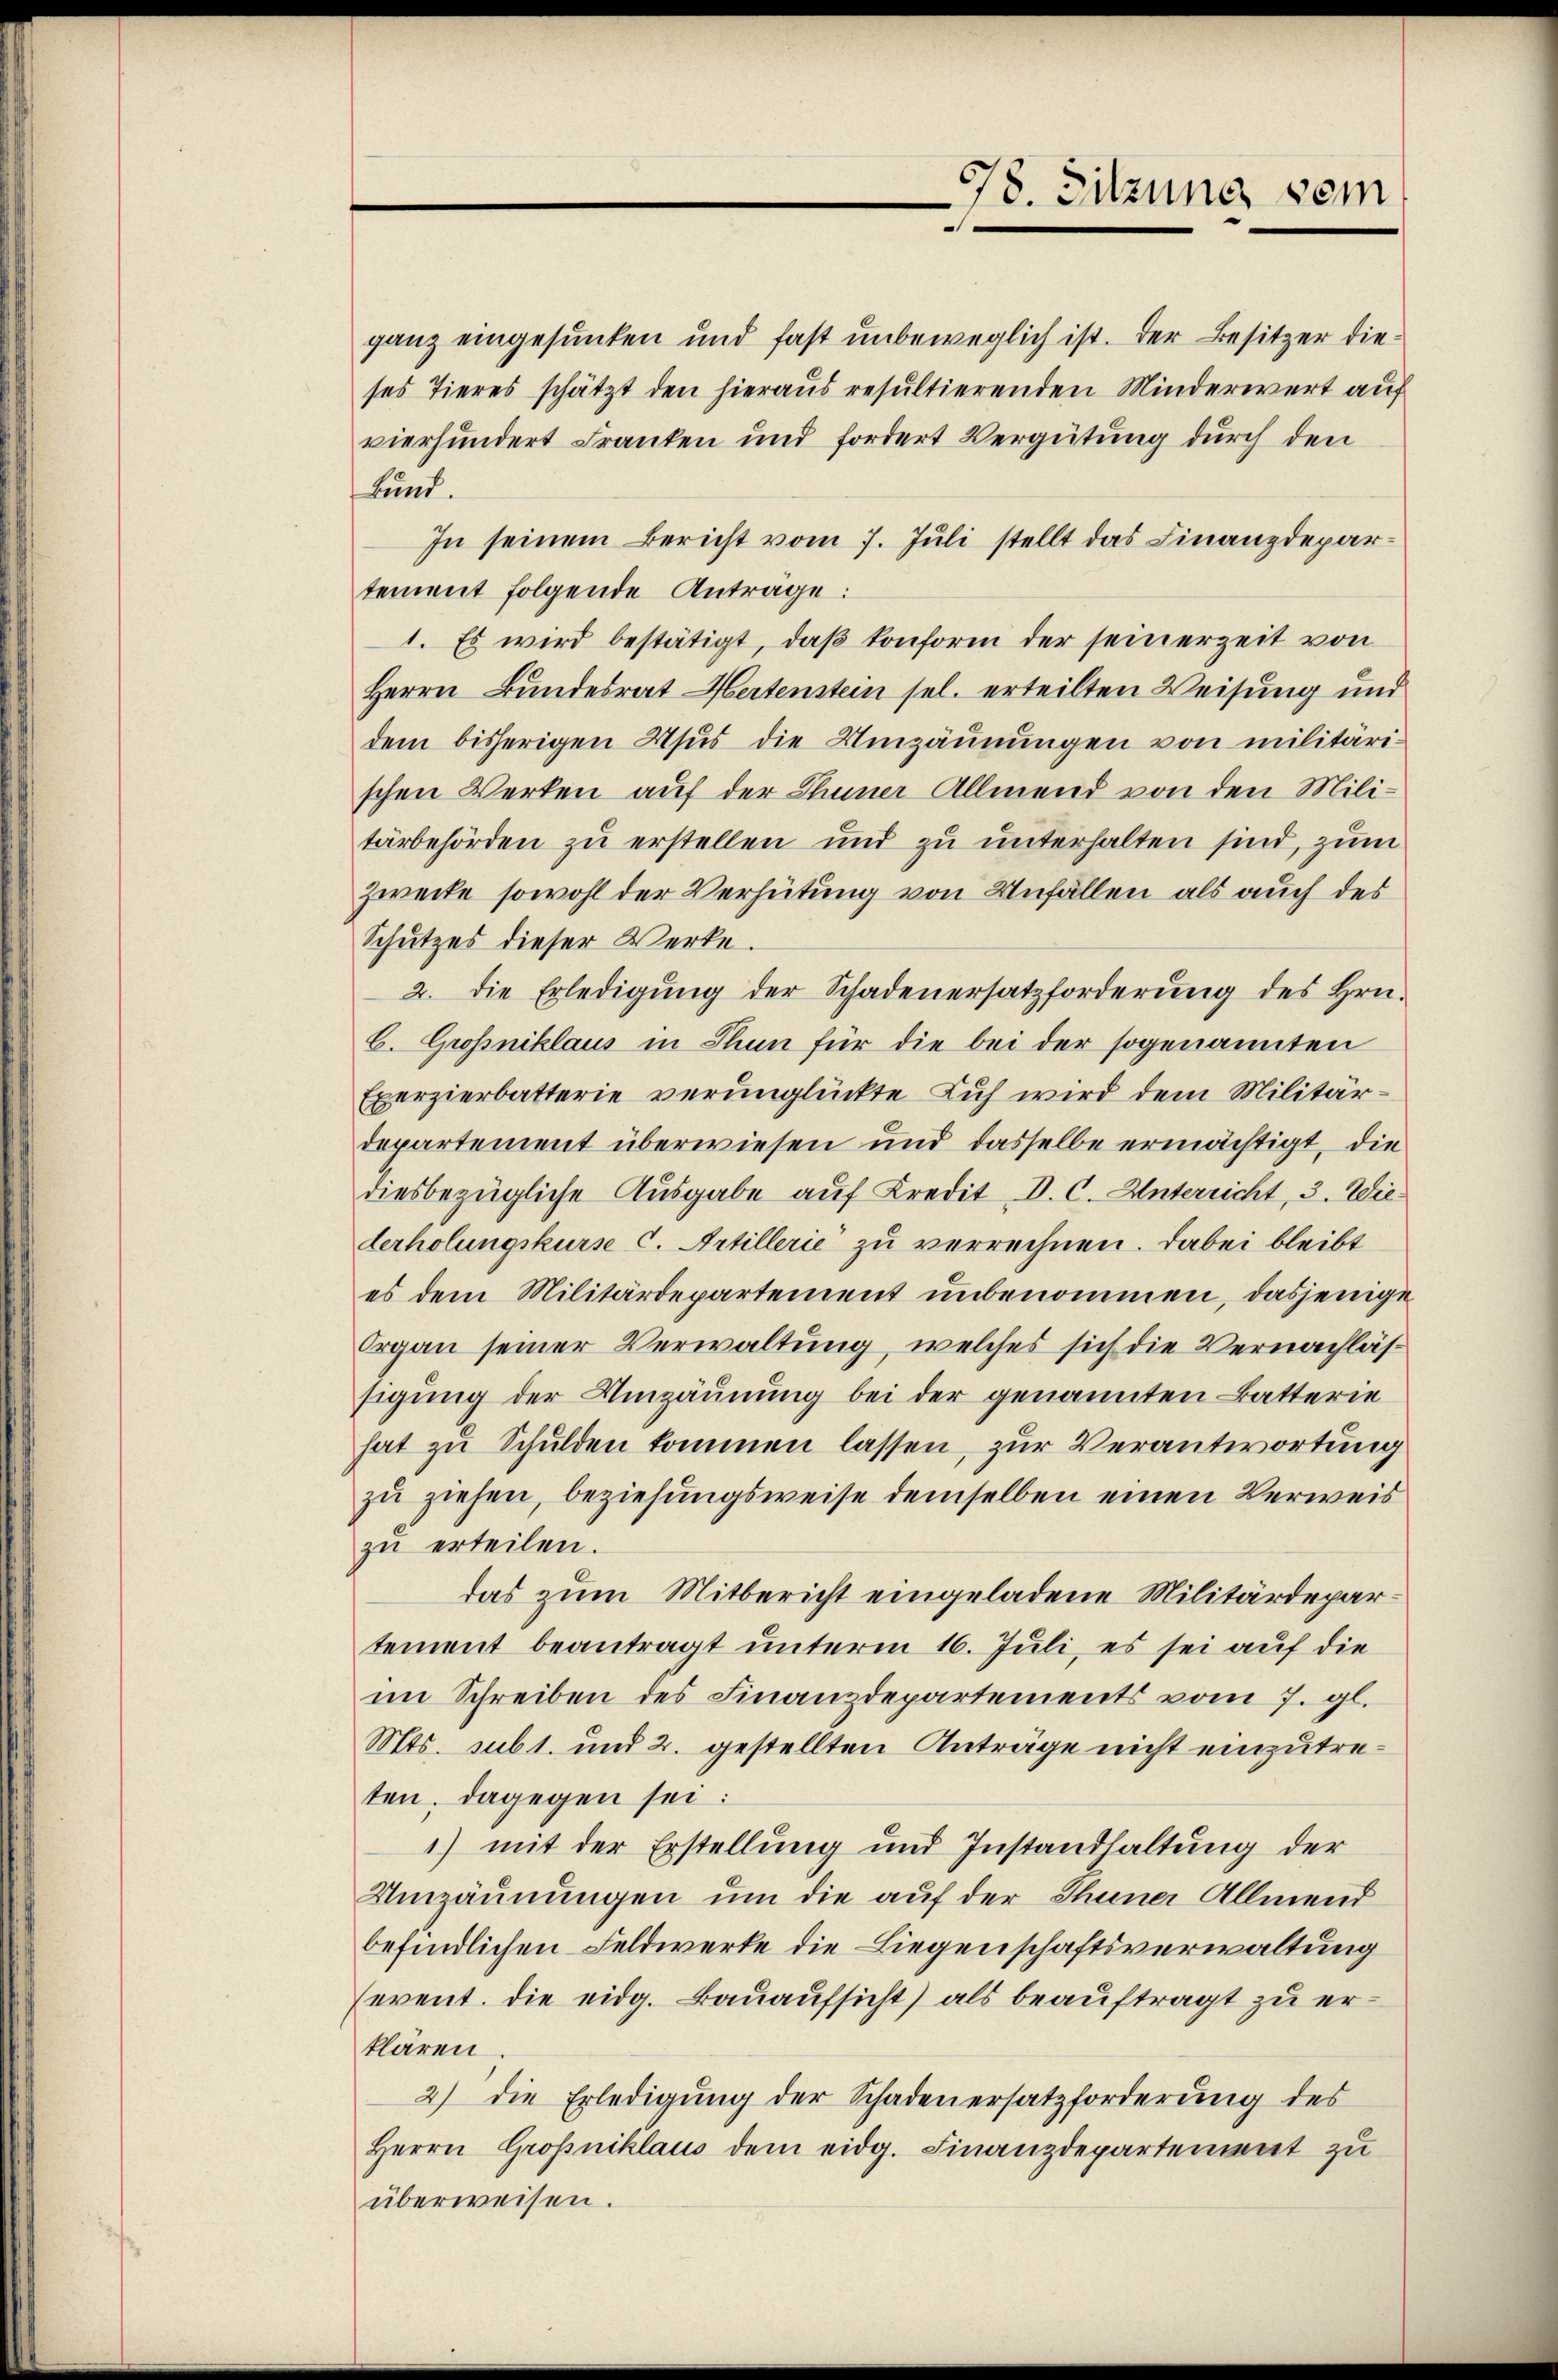
78. Sitzung dem

ganz eingesunken und fast unbeweglich ist. Der Besitzer dieses Tieres schätzt den hieraus resultierenden Minderwert auf
vierhundert Franken und fordert Vergütung durch den
Lund.
In seinem Bericht vom 7. Juli stellt das Finanzdepartement folgende Anträge:
1. Es wird bestätigt, daß konform der seinerzeit von
Herrn Bundesrat Hertenstein sel. erteilten Weisung und
dem bisherigen Usus die Umzäŭnŭngen von militärischen Werken auf der Thuner Allmend von den Militärbehörden zu erstellen und zu unterhalten sind, zum
Zwecke sowohl der Verhütung von Unfällen als auch des
Schutzes dieser Werke.
2. die Erledigŭng der Schadenersatzforderŭng des Hrn.
C. Großniklaus in Thun für die bei der sogenannten
Exerzierbatterie verunglückte Kuh wird dem Militär-
departement überwiesen und dasselbe ermächtigt, die
diesbezügliche Ausgabe auf Kredit, D. C. Unterricht, 3. Wiederholungskurse C. Artillerie zu verrechnen. Dabei bleibt
es dem Militärdepartement unbenommen, dasjenige
Organ seiner Verwaltung, welches sich die Vernachlässigung der Umzäunung bei der genannten Batterie
hat zŭ Schulden kommen lassen, zur Verantwortung
zu ziehen, beziehungsweise demselben einen Verweis
zu erteilen.
das zum Mitbericht eingeladene Militärdepartement beantragt unterm 16. Juli, es sei auf die
im Schreiben des Finanzdepartements vom 7. gl.
Mts. subt. und 2. gestellten Anträge nicht einzutreten, dagegen sei:
1) mit der Erstellung und Instandhaltung der
Umzäunungen um die auf der Thuner Allmend
befindlichen Feldwerke die Liegenschaftsverwaltung
event. die eidg. Bauaufsicht) als beauftragt zu erklären.
2) die Erledigŭng der Schadenersatzforderŭng des
Herrn Großniklaus dem eidg. Finanzdepartement zu
überweisen.